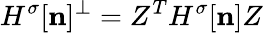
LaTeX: {H^{\sigma}}[{\mathbf n}]^{\perp}=Z^{T}{H^{\sigma}}[{\mathbf n}]Z